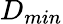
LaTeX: D_{min}